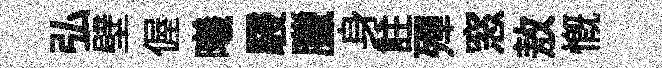
弘壁偓曦駸臘身註殫窓敖慨